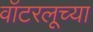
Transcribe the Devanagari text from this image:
वॉटरलूच्या